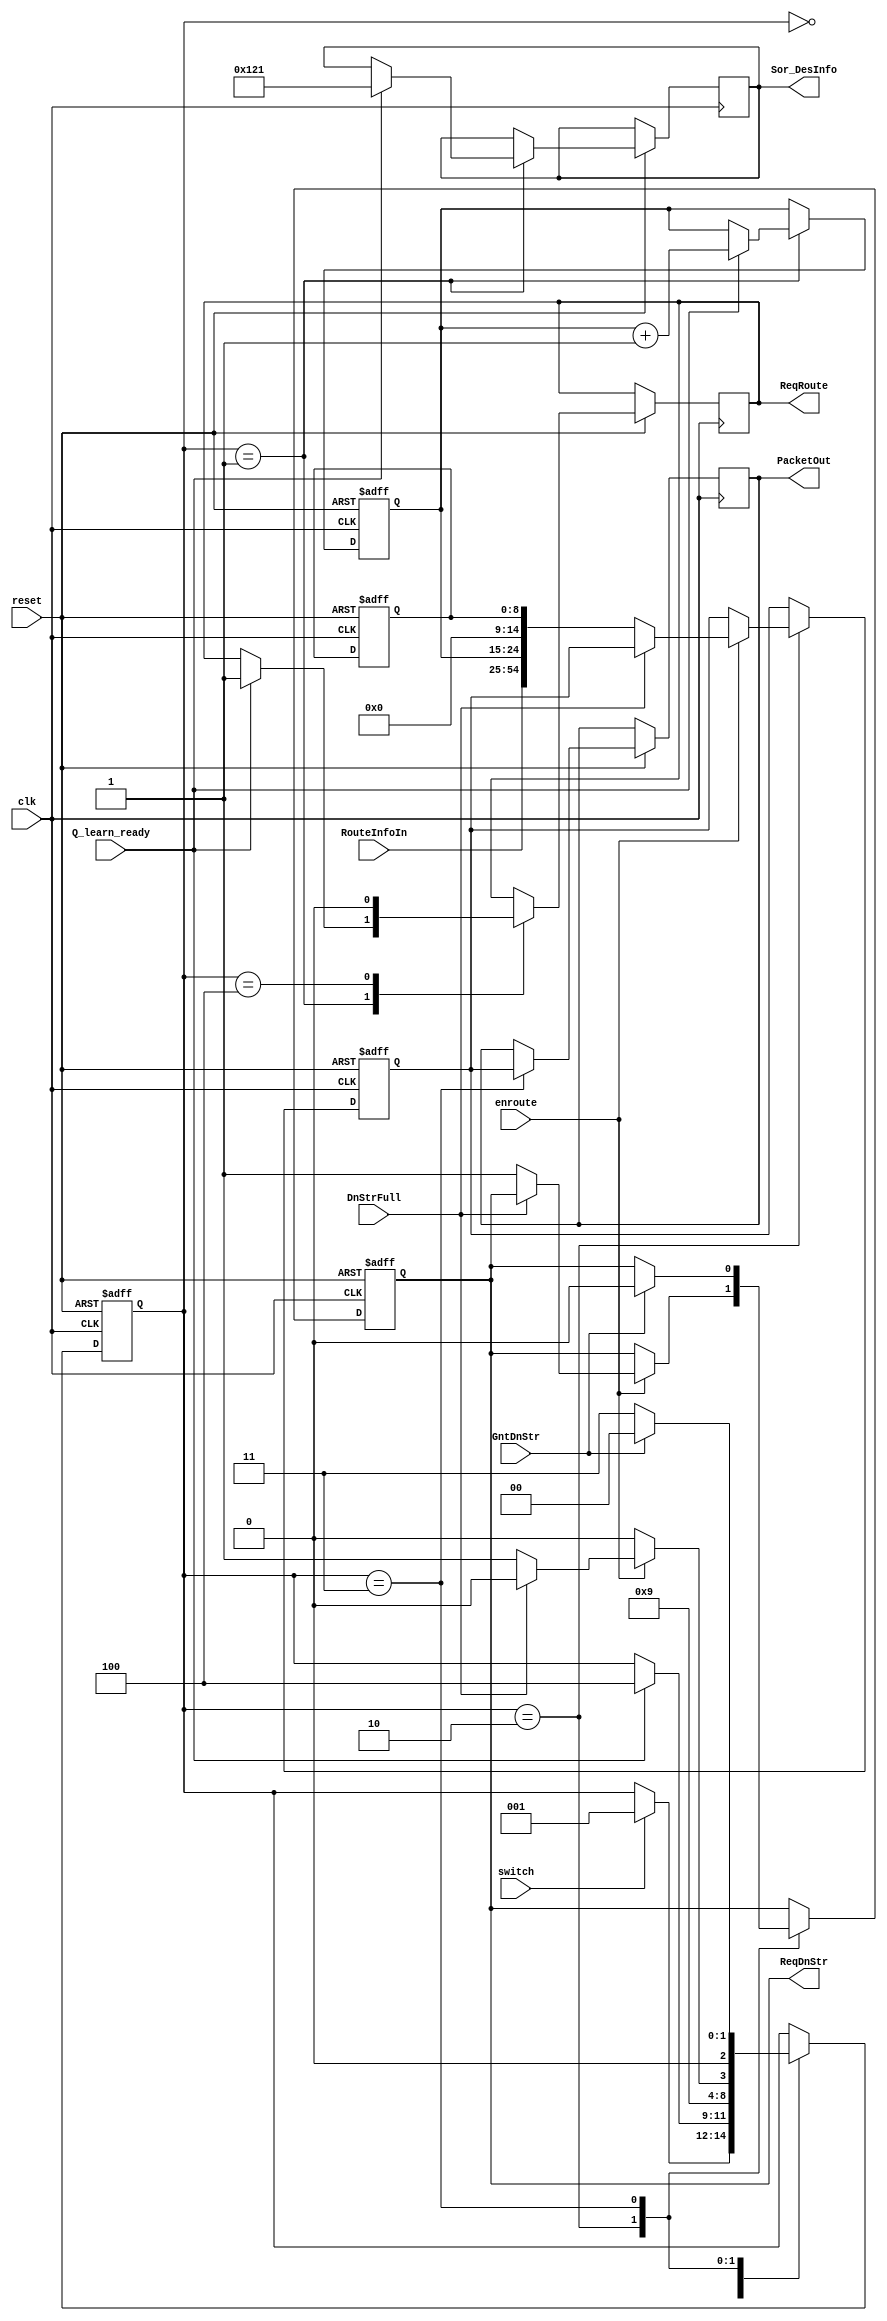
`timescale 1ns / 1ps

module Injector_000_000(
reset,
clk, 
enroute,
RouteInfoIn,
// -- Output Port Traffic: --
ReqDnStr,
GntDnStr,
DnStrFull,
PacketOut,
ReqRoute,
Sor_DesInfo,
Q_learn_ready,
switch
);              
// ------------------------ Parameter Declarations --------------------------- //
//for 3x3 mesh
parameter routerID=6'b000_000; // change depends on mesh size 
parameter ModuleID =6'b000_000;
parameter CLOCK_MULT=3'b001; //// packet injection rate (percentage of cycles)
parameter packetwidth = 55;// number of bits for data bus
//Injector States 				
parameter IDLE		        =3'b000,
				    PKT_PREP	=3'b001, 
				    SEND_REQ	=3'b010, 
				    WAIT_GRANT	=3'b011,
				    MEDIUMWAIT =3'b100;
// ------------------------ Inputs Declarations ------------------------------ //
input wire clk;
input wire reset;
input wire DnStrFull; //indicator from Local about FIFO buffer status.. if full = 1 else = 0
input wire GntDnStr; //Grant from Down Stream Router
input wire enroute;
input wire [29:0] RouteInfoIn;
input wire Q_learn_ready;
input wire switch;
// ------------------------ Outputs Declarations ----------------------------- //
output reg ReqDnStr;  // Injector send request to router to send packets
output reg [packetwidth-1:0] PacketOut;// output data packet form Injector
output reg ReqRoute=0;
output reg [9:0] Sor_DesInfo=0;
// ------------------------ Registers Declarations --------------------------- //
reg [packetwidth-1:0] dataBuf;// data buffer register
reg [2:0] STATE;
reg [9:0] PacketID;  	// 0:1023
reg [8:0] RandomInfo; // 
reg [15:0]CYCLE_COUNTER; 
integer Delay, Count;
// --------------------------------------------------------------------------- //
initial 
    begin 		
		STATE	<= IDLE; CYCLE_COUNTER <= 0;
		dataBuf <= 0;   PacketID <= 0; RandomInfo <=9'b101100111; Count <= 0; Delay <= 0;
    end
	
always @(posedge clk)
    begin 
        CYCLE_COUNTER <= CYCLE_COUNTER + 1'b1;   
    end	
//###########################   Modules(PEs) Injector ################################### 
always @(posedge clk or negedge reset)  
begin 
if( !reset)
	begin 
	dataBuf <= 0; 
	PacketID <= 0;
	RandomInfo <= 9'b101100111;
	ReqDnStr<= 0; Count <= 0;
	STATE	<= IDLE;
	end  
else 					
	begin 
	case(STATE)
//################## STATE ###############################################	
IDLE:
begin 
//delay
    if(switch)
    begin
        Delay 	<= 3;
        STATE<= PKT_PREP;
    end
end
//######################################################################

PKT_PREP:
begin
    if(Q_learn_ready)
        begin
            PacketID <= PacketID + 1'b1; 
            STATE	<= SEND_REQ;
            Sor_DesInfo<=10'b01001_00001;
            ReqRoute<=1;
            STATE<=MEDIUMWAIT;
        end
end
//######################################################################
MEDIUMWAIT:
    begin
        	ReqRoute<=0;
        	STATE<=SEND_REQ;
    end
SEND_REQ:
begin	

if (enroute)//((PacketID != 1023)&&(enroute))
    begin
                        if (!DnStrFull) // Buffer not Full !=1
                            begin
		                          ReqDnStr <= 1; //send request to Local Port
		                          dataBuf  <= {RouteInfoIn,PacketID, ModuleID, RandomInfo} ;
			                      STATE	<= WAIT_GRANT;
			                      Count <= 0;
			                 end //if
		                else 
		                     begin
			                     STATE <= SEND_REQ;
			                 end 
    end	
 else 
		 begin
			   STATE <= SEND_REQ;
		 end 		
end 
//######################################################################	

WAIT_GRANT: 
begin
    if (GntDnStr) // Buffer not Full
        begin
           PacketOut<=dataBuf;
	       ReqDnStr 	<=0; //send request to Local Port
//	       STATE	<= WAIT_GRANT;//IDLE
            STATE	<= IDLE;//IDLE
	   end
    else
	   begin
	       PacketOut<=dataBuf;
	       STATE	<= WAIT_GRANT;
	   end
end
endcase
end //else
end // always 
endmodule